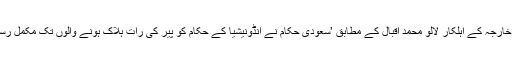
انڈونیشیائی وزارت خارجہ کے اہلکار لالو محمد اقبال کے مطابق ’سعودی حکام نے انڈونیشیا کے حکام کو پیر کی رات ہلاک ہونے والوں تک مکمل رسائی کی اجازت دی۔